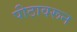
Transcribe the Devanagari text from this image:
पीठावरून